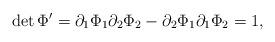
LaTeX: \begin{align*}\det \Phi' = \partial_1\Phi_1 \partial_2 \Phi_2-\partial_2 \Phi_1 \partial_1 \Phi_2=1,\end{align*}